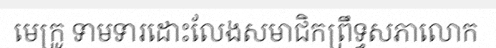
មេក្រូ ទាមទារដោះលែងសមាជិកព្រឹទ្ធសភាលោក